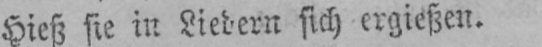
Hieß sie in Liedern sich ergießen.